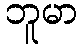
ဘူမာ